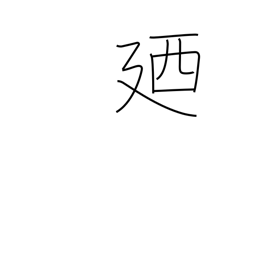
Meaning: in other words